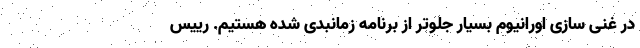
در غنی سازی اورانیوم بسیار جلوتر از برنامه زمانبدی شده هستیم. رییس